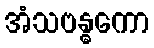
အံသဗန္ဓကော